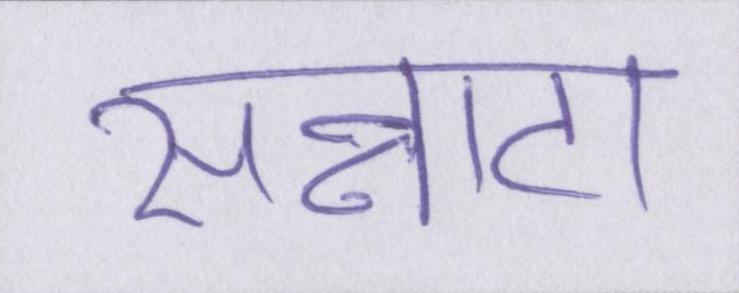
सन्नाटा